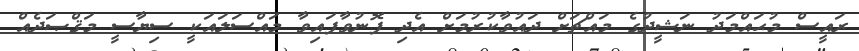
ރައީސް މުޙައްމަދު ނަޝީދުގެ މައްޗަށް ދައުވާކުރުމަށް އެދި ފޮނުވާފަައިވާ މައްސަލައަކީ ސިޔާސީ މަޤްޞަދެއް